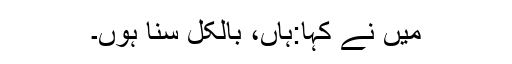
میں نے کہا:ہاں، بالکل سنا ہوں۔